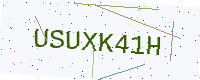
Text: USUXK41H